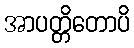
အာပတ္တိတောပိ